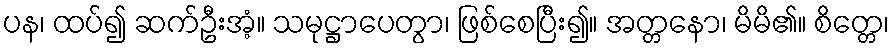
ပန၊ ထပ်၍ ဆက်ဦးအံ့။ သမုဋ္ဌာပေတွာ၊ ဖြစ်စေပြီး၍။ အတ္တနော၊ မိမိ၏။ စိတ္တေ၊